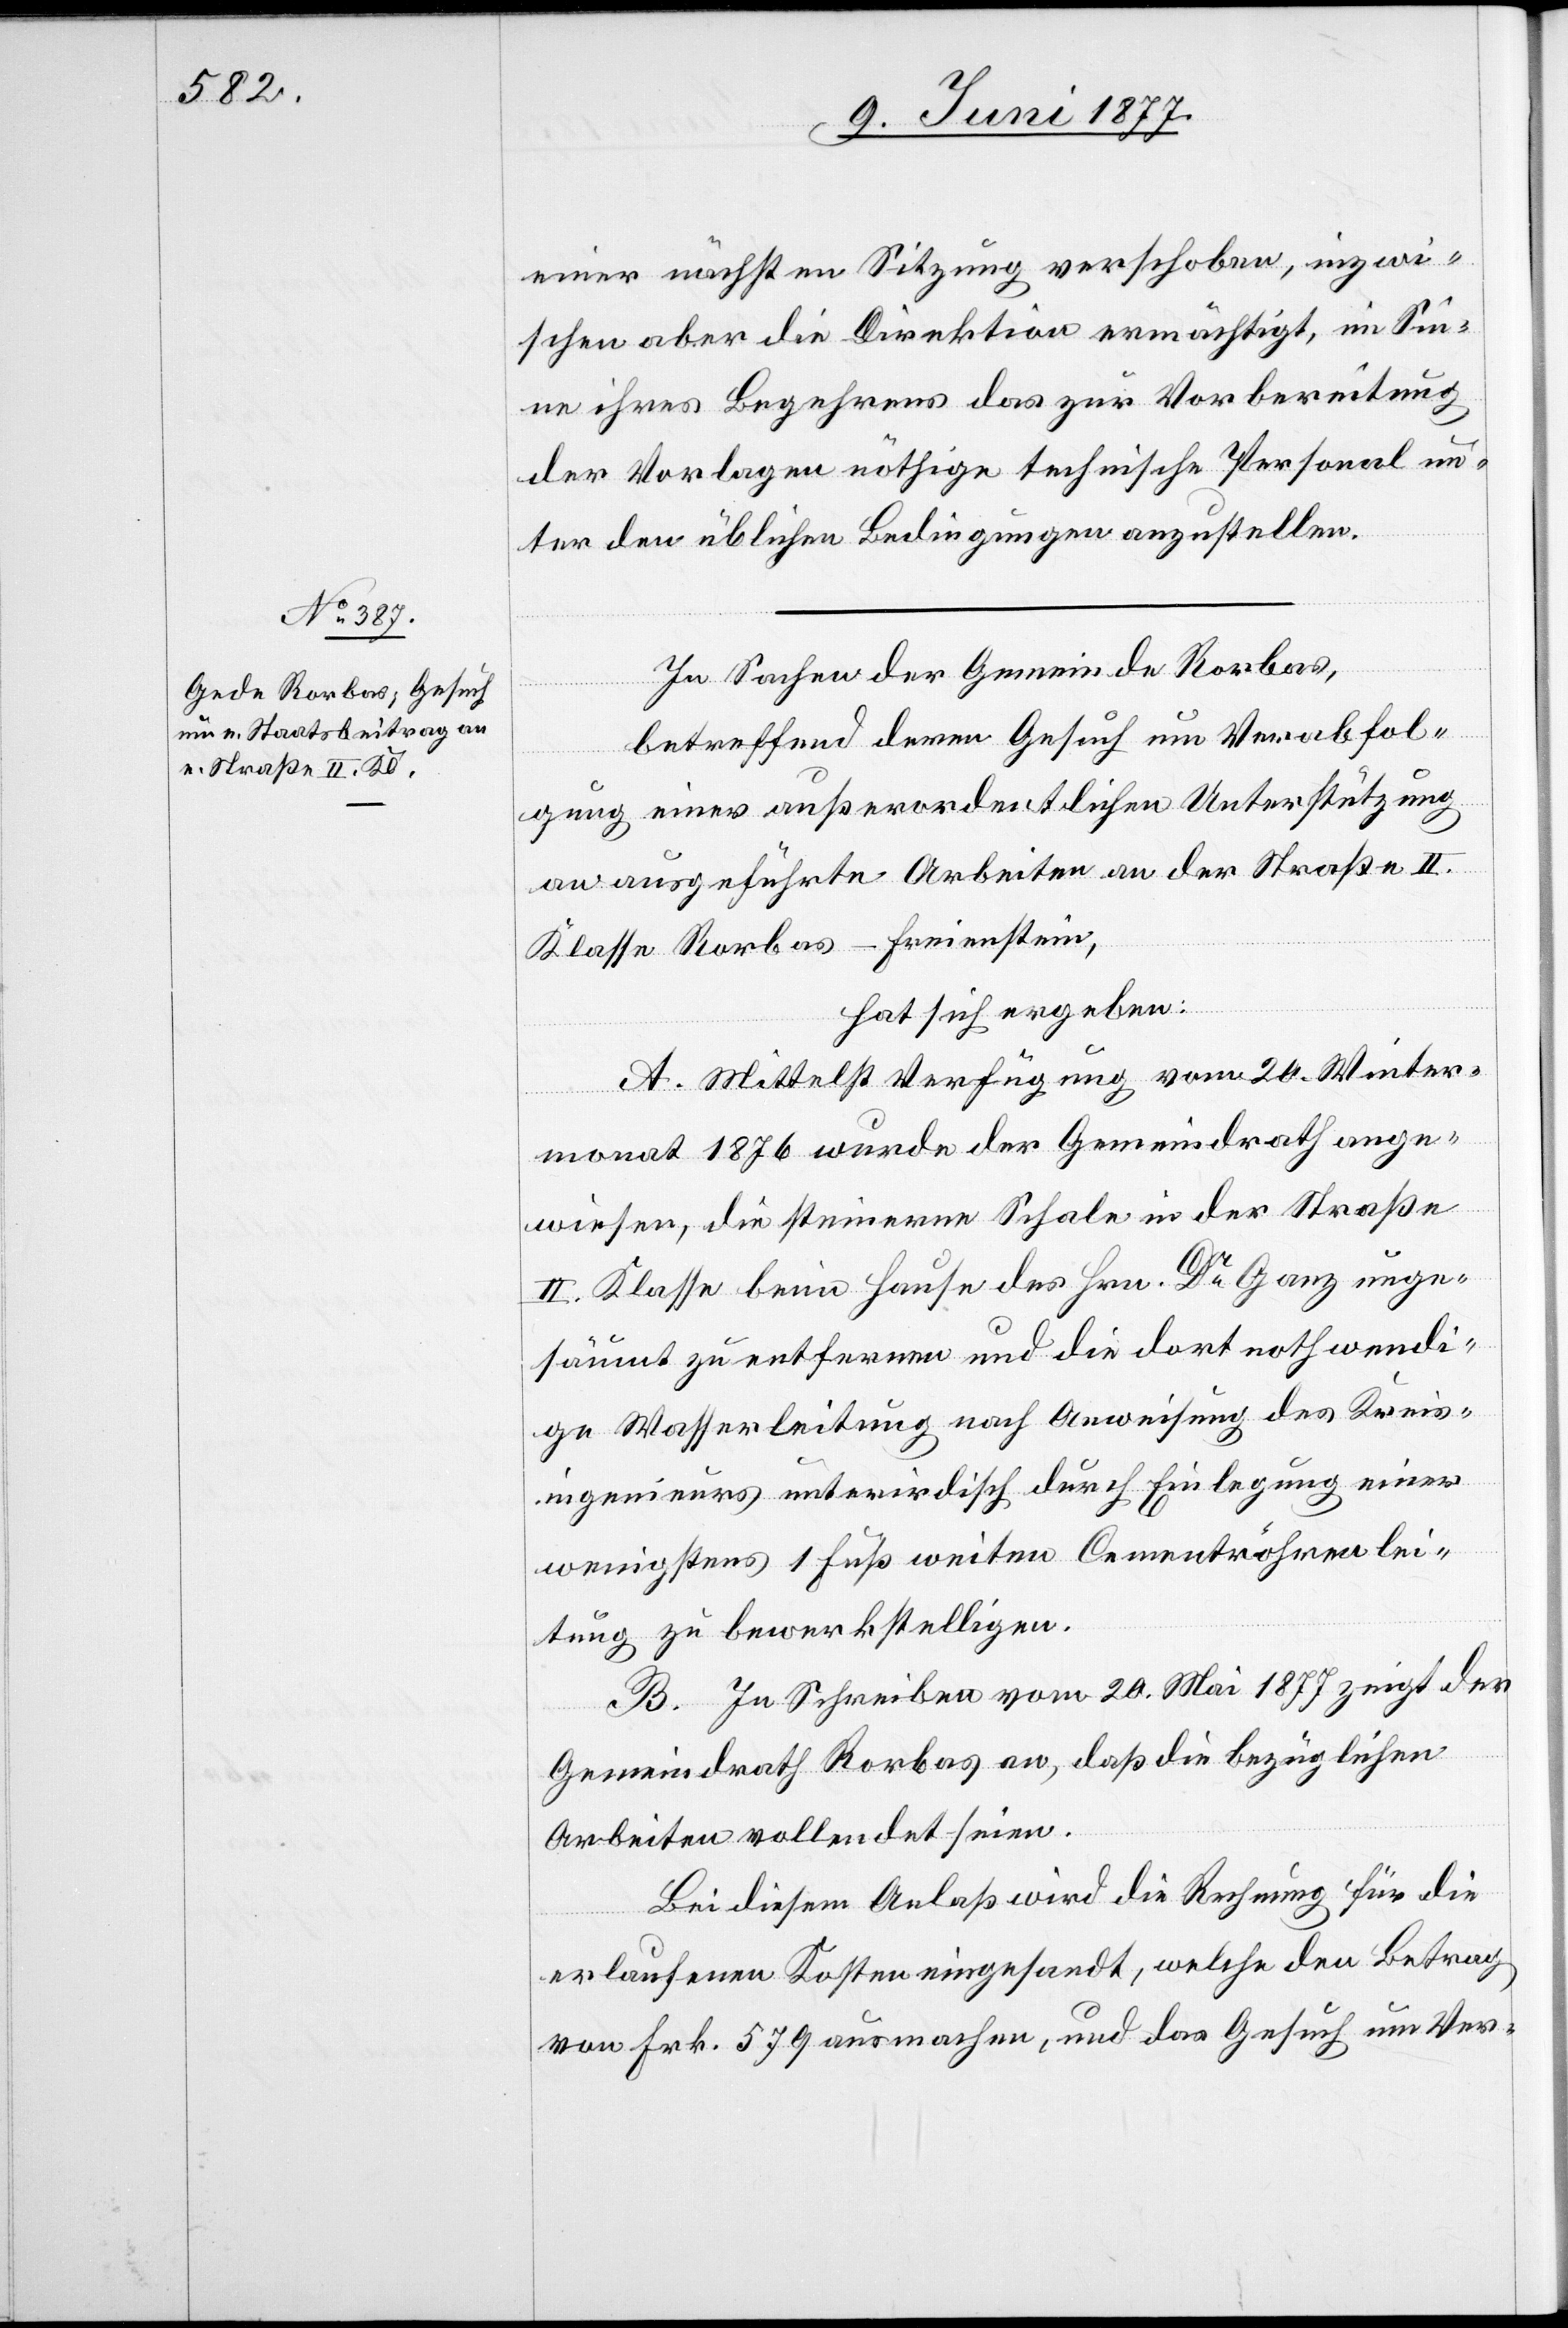
einer nächsten Sitzung verschoben, inzwi¬
schen aber die Direktion ermächtigt, im Sin¬
ne ihres Begehrens das zur Vorbereitung
der Vorlagen nöthige technische Personal un¬
ter den üblichen Bedingungen anzustellen.
In Sachen der Gemeinde Rorbas,
betreffend deren Gesuch um Verabfol¬
gung einer außerordentlichen Unterstützung
an ausgeführte Arbeiten an der Straße II.
Klasse Rorbas–Freienstein,
hat sich ergeben:
A. Mittelst Verfügung vom 20. Winter¬
monat 1876 wurde der Gemeindrath ange¬
wiesen, die steinerne Schale in der Straße
II. Klasse beim Hause des Hrn. Dr Ganz unge¬
säumt zu entfernen und die dort nothwendi¬
ge Wasserleitung nach Anweisung des Kreis¬
ingenieurs unterirdisch durch Einlegung einer
wenigstens 1 Fuß weiten Cementröhrenlei¬
tung zu bewerkstelligen.
B. In Schreiben vom 20. Mai 1877 zeigt der
Gemeindrath Rorbas an, daß die bezüglichen
Arbeiten vollendet seien.
Bei diesem Anlaß wird die Rechnung für die
erlaufenen Kosten eingesandt, welche den Betrag
von Frk. 579 ausmachen, und das Gesuch um Ver-